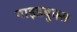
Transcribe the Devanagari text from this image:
गाइडबुक्स